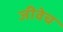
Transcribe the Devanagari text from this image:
जीवेच